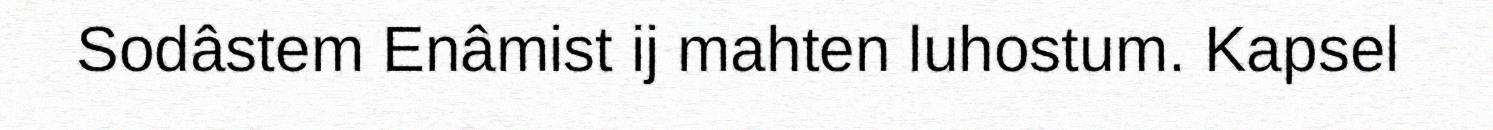
Sodâstem Enâmist ij mahten luhostum. Kapsel